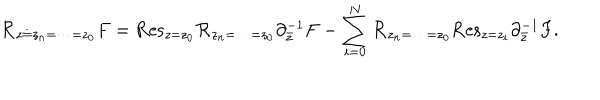
{ \cal R } _ { z \doteq z _ { n } = \cdots = z _ { 0 } } F = \mathrm { R e s } _ { z = z _ { 0 } } { \cal R } _ { z _ { n } = \cdots = z _ { 0 } } \partial _ { \bar { z } } ^ { - 1 } F - \sum _ { i = 0 } ^ { N } { \cal R } _ { z _ { n } = \cdots = z _ { 0 } } \mathrm { R e s } _ { z = z _ { i } } \partial _ { \bar { z } } ^ { - 1 } F .